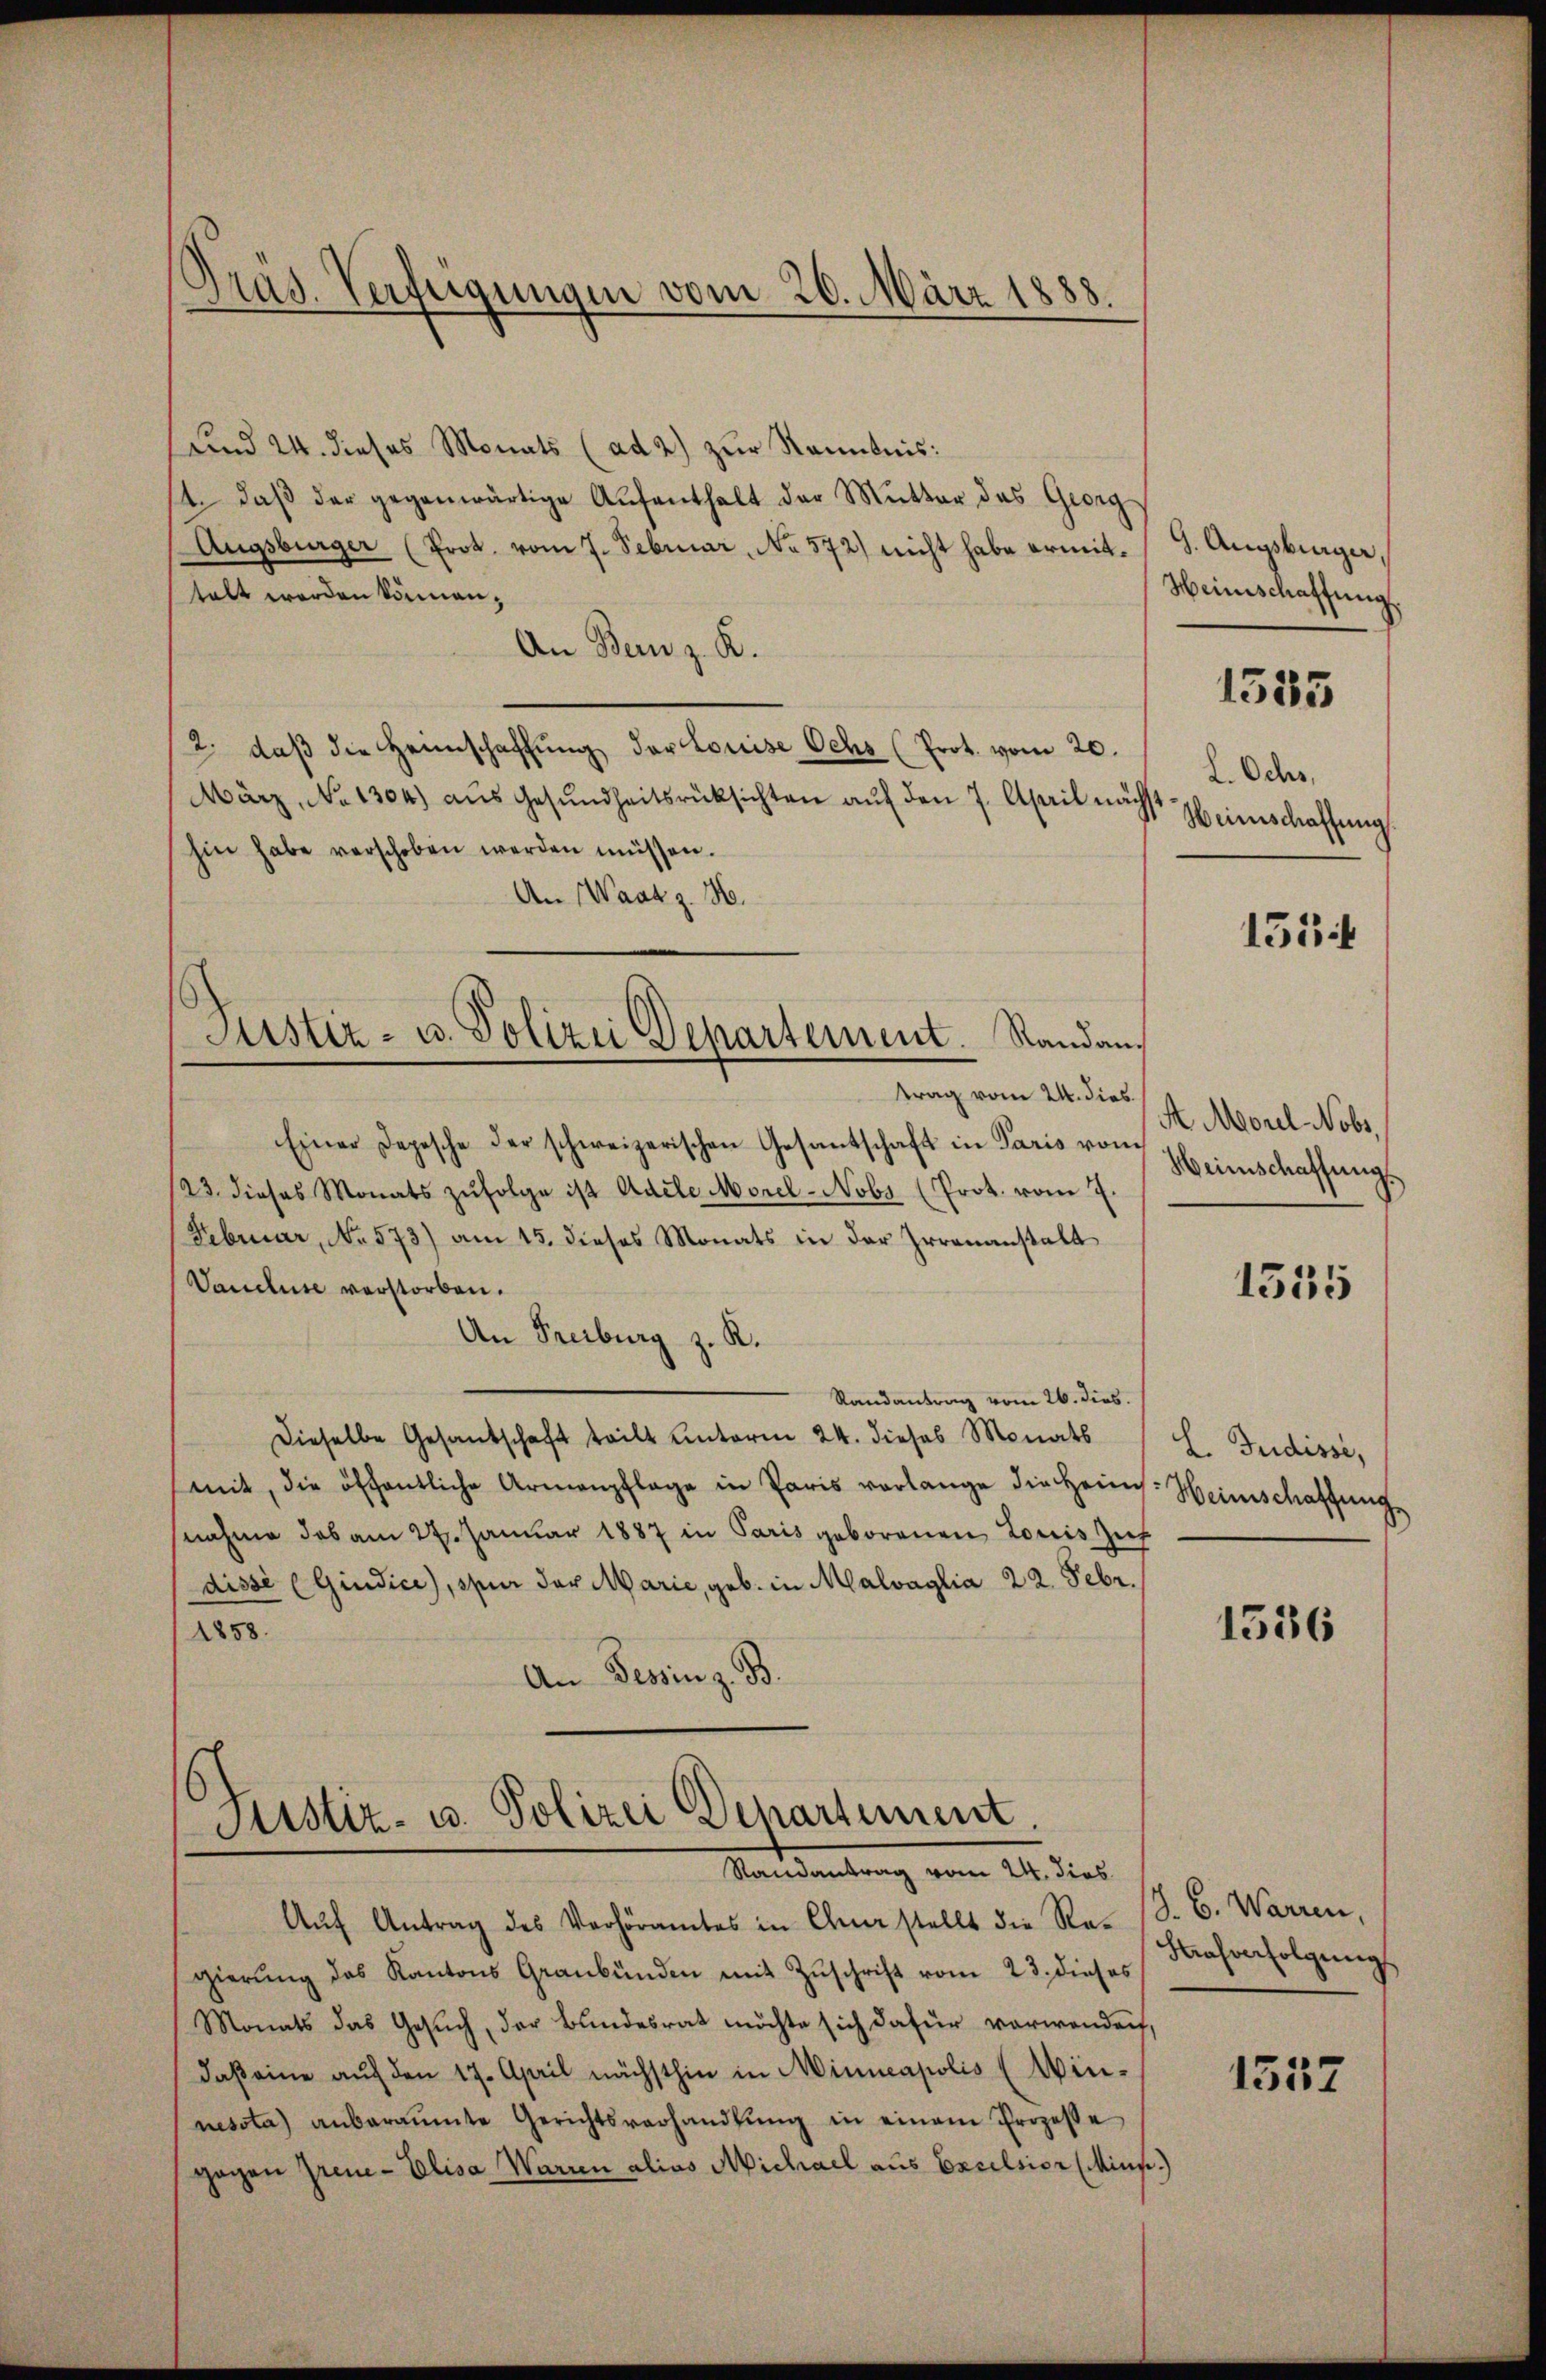
Gras. Verfeigungen vom 20. März 1888.

Justiz- u. Polizei Departement. Randantrag vom 24. dies

und 24. dieses Monats (ad 2) zur Kenntnis:
14. daβ der gegenwärtige Aŭfenthalt der Mutter das Georg
Augsburger (Prot. vom 7. Februar, No 572) nicht habe ermittelt werden können;
An Bern z. B.
2. daβ die Heimschaffŭng der Louise Ochs (Prot. vom 20.
März, No 1304) aŭs Gesŭndheitsrücksichten aŭf den 7. April nächst
hin habe verschoben werden müssen.
An Waad z. 16.
Einer Depesche der schweizerischen Gesantschaft in Paris vom
23. dieses Monats zŭfolge ist Adele Morel-Nobs (Prot. vom 7.
Februar, No 573) am 15. dieses Monats in der Irrenanstalt
Vauclure verstorben.
An Freiburg z. R.
Randantrag vom 26. dies.
dieselbe Gesandschaft teilt unterm 24. dieses Monats
mit, die öffentliche Armenpflage in Paris verlange die Heim
nahme das am 27. Januar 1887 in Paris geborenen Louis Zuch
disse (Giudice), sur der Marie, geb. in Malvaglia 22. Febr.
1858.
An Tessin z. B.

Stistiz- u. Polizei Departement.
Randantrag vom 24. dies

Aŭf Antrag des Verhöramtes in Chur stellt die Re- (S. C. Warren,
gierŭng des Kantons Graubünden mit Zŭschrift vom 23. dieses
Monats das Gesŭch, der Bundesrat möchte sich dafür verwandes,
daß eine auf den 17. April nächsthin in Minneapolis (Winnessta) anberaŭmte Gerichtsverhandlŭng in einem Prozesse
gogen Greue-Elisa Warren alias Michael aus Excelsior (Mins.)

9. Augsburger,
Weinschaffung.

1535

L. Ochs,
Weinschaffung

1554

A Morel Nobs,
Heimschaffung.

1535

L. Judisse,
Heinschaffung

1536

Hrafverfolgung

1537